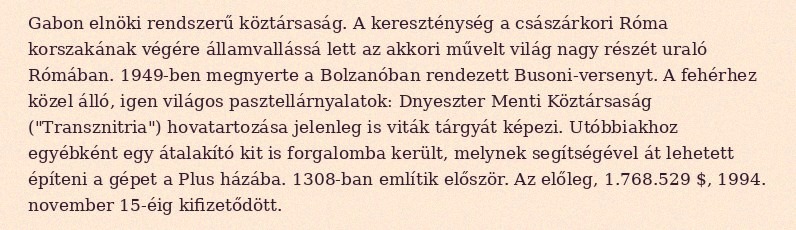
Gabon elnöki rendszerű köztársaság. A kereszténység a császárkori Róma korszakának végére államvallássá lett az akkori művelt világ nagy részét uraló Rómában. 1949-ben megnyerte a Bolzanóban rendezett Busoni-versenyt. A fehérhez közel álló, igen világos pasztellárnyalatok: Dnyeszter Menti Köztársaság ("Transznitria") hovatartozása jelenleg is viták tárgyát képezi. Utóbbiakhoz egyébként egy átalakító kit is forgalomba került, melynek segítségével át lehetett építeni a gépet a Plus házába. 1308-ban említik először. Az előleg, 1.768.529 $, 1994. november 15-éig kifizetődött.